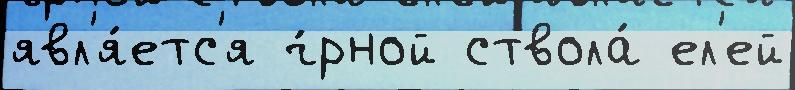
явл'я́етс'я ч́рной ствола́ ел'ей